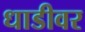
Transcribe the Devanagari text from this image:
धाडीवर